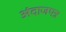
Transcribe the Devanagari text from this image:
अंदाजपत्र